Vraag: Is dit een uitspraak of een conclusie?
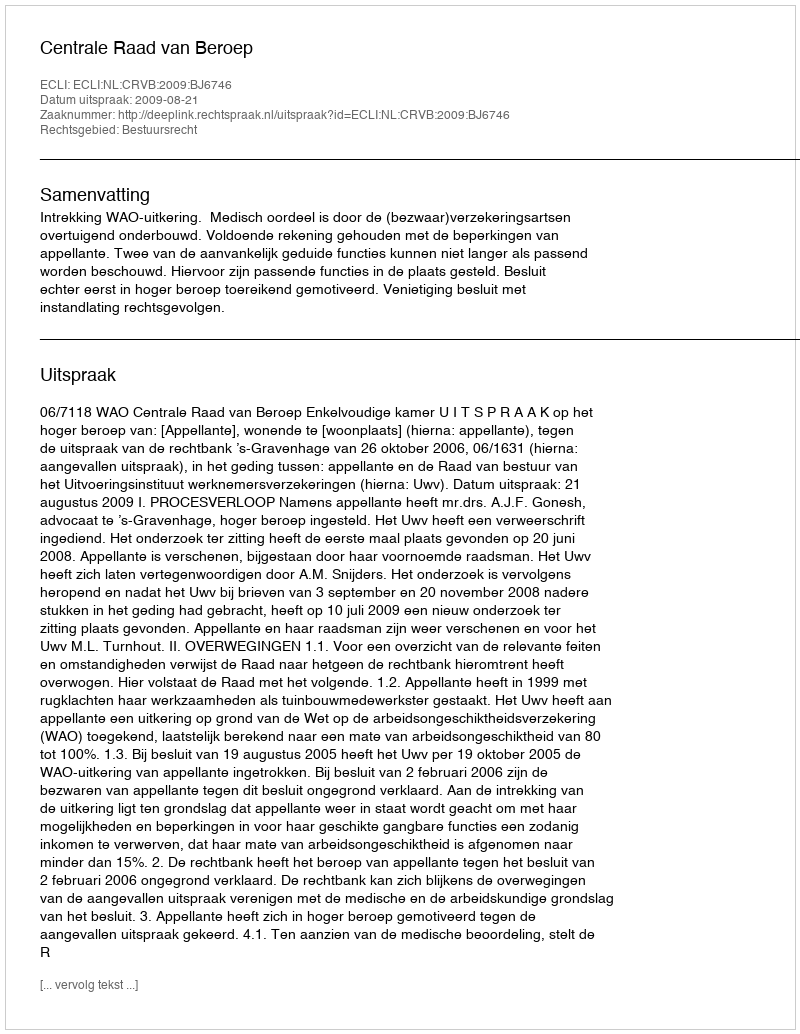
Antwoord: Uitspraak